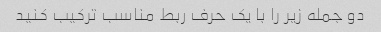
دو جمله زیر را با یک حرف ربط مناسب ترکیب کنید